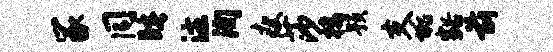
冢同睡注洵瘦莎楼预支垢豁前